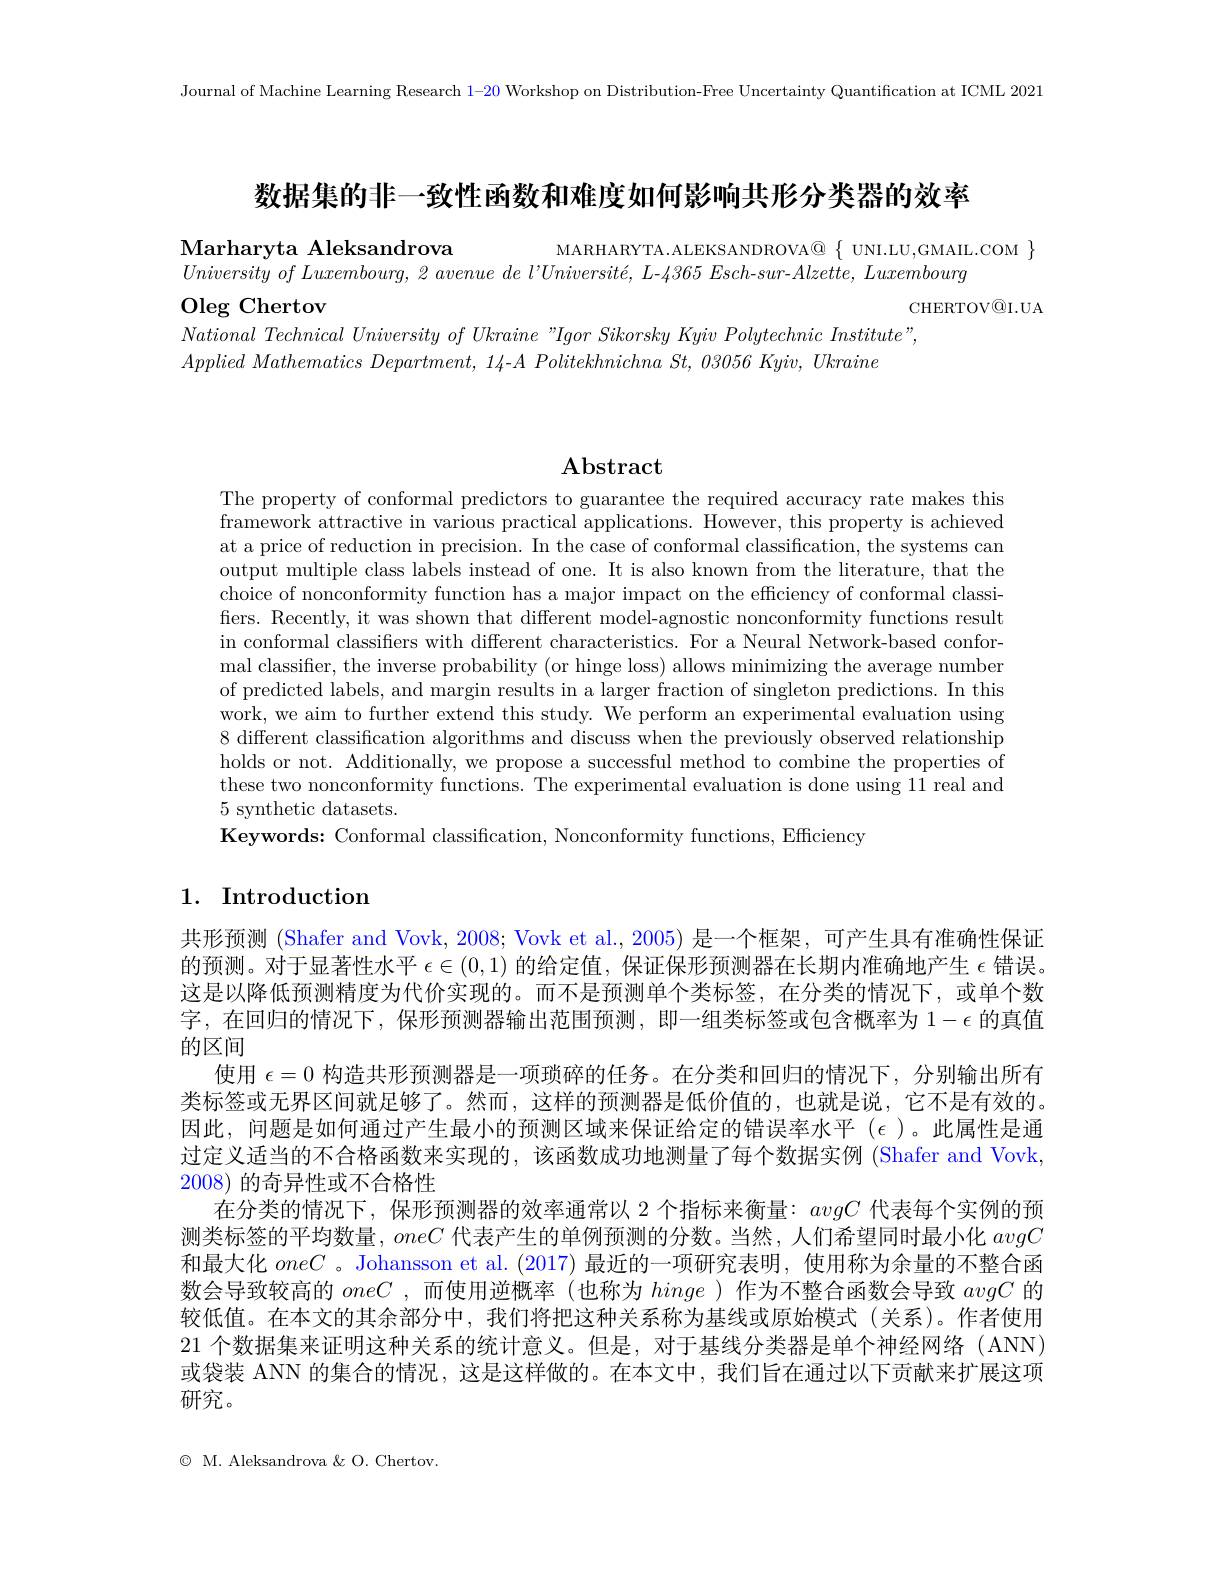
Journal of Machine Learning Research 1-20 Workshop on Distribution-Free Uncertainty Quantification at ICML 2021

数据集的非一致性函数和难度如何影响共形分类器的效率

Marharyta Aleksandrova
$MARHARYTA.ALEKSANDROVA@~\{~UNI.LU,GMAIL.COM~\}$
$UniversityofLuxembourg,2avenuedel'Université,L-4365Esch-sur-Alzette,Luxembourg$

CHERTOV@I.UA

$\operatorname{Oleg}$ Chertov
$National\textit{ Technical University of Ukraine " Igor Sikorsky Kyiv Polytechnic Institute" , }$
$Applied\textit{ Mathematics Department, 14- }A\textit{ Politekhnichna St, 03056 Kyiv, Ukraine}$

## $\mathbf{Abstract}$

The property of conformal predictors to guarantee the required accuracy rate makes this framework attractive in various practical applications. However, this property is achieved at a price of reduction in precision. In the case of conformal classification, the systems can output multiple class labels instead of one. It is also known from the literature, that the choice of nonconformity function has a major impact on the efficiency of conformal classifiers. Recently, it was shown that different model-agnostic nonconformity functions result in conformal classifiers with different characteristics. For a Neural Network-based conformal classiffer, the inverse probability (or hinge loss) allows minimizing the average number of predicted labels, and margin results in a larger fraction of singleton predictions. In this work, we aim to further extend this study. We perform an experimental evaluation using 8 different classification algorithms and discuss when the previously observed relationship holds or not. Additionally, we propose a successful method to combine the properties of these two nonconformity functions. The experimental evaluation is done using 11 real and 5 synthetic datasets.
Keywords: Conformal classification, Nonconformity functions, Efficiency

# 1. Introduction

共形预测 (Shafer and Vovk, 2008; Vovk et al., 2005) 是一个框架，可产生具有准确性保证的预测。对于显著性水平$\epsilon\in(0,1)$的给定值，保证保形预测器在长期内准确地产生$\epsilon$错误这是以降低预测精度为代价实现的。而不是预测单个类标签，在分类的情况下，或单个数字，在回归的情况下，保形预测器输出范围预测，即一组类标签或包含概率为$1-\epsilon$的真值的区间
使用$\epsilon=0$构造共形预测器是一项琐碎的任务。在分类和回归的情况下，分别输出所有类标签或无界区间就足够了。然而，这样的预测器是低价值的，也就是说，它不是有效的。因此，问题是如何通过产生最小的预测区域来保证给定的错误率水平$(\epsilon$ )。此属性是通过定义适当的不合格函数来实现的，该函数成功地测量了每个数据实例 (Shafer and Vovk, 2008)的奇异性或不合格性
在分类的情况下，保形预测器的效率通常以 2 个指标来衡量：avgC代表每个实例的预测类标签的平均数量，oneC代表产生的单例预测的分数。当然，人们希望同时最小化avgC 和最大化oneC 。Johansson et al.(2017) 最近的一项研究表明，使用称为余量的不整合函数会导致较高的oneC ,而使用逆概率 (也称为hinge )作为不整合函数会导致avgC的较低值。在本文的其余部分中，我们将把这种关系称为基线或原始模式(关系)。作者使用21 个数据集来证明这种关系的统计意义。但是，对于基线分类器是单个神经网络 (ANN) 或袋装 ANN 的集合的情况，这是这样做的。在本文中，我们旨在通过以下贡献来扩展这项研究。

$\textcircled{\mathrm{o}}$ M. Aleksandrova & O. Chertov